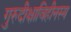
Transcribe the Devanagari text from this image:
गुरुदीक्षाविहीनस्य